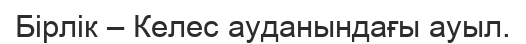
Бірлік – Келес ауданындағы ауыл.